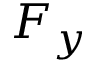
F _ { y }